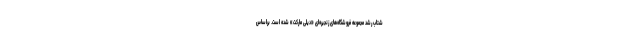
شتاب رشد مجموعه فروشگاه‌های زنجیره‌ای «دیلی مارکت» شده است. براساس